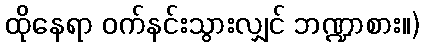
ထိုနေရာ ဝက်နင်းသွားလျှင် ဘဏ္ဍာစား။)